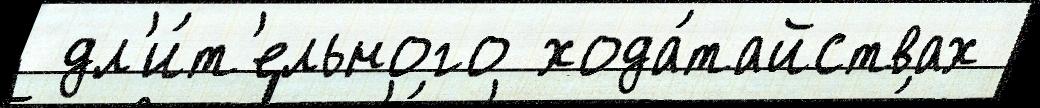
 дл'и́т'ельного хода́тайствах